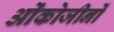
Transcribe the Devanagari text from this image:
ओंकोजीनों